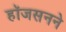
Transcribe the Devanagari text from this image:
हॉजसनने